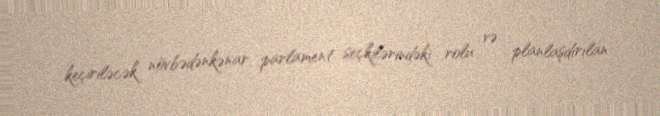
keçiriləcək növbədənkənar parlament seçkilərindəki rolu və planlaşdırılan